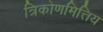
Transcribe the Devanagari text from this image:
त्रिकोणमित्तिय